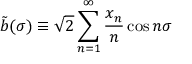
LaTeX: \tilde { b } ( \sigma ) \equiv \sqrt { 2 } \sum _ { n = 1 } ^ { \infty } \frac { x _ { n } } { n } \cos n \sigma